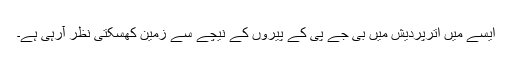
ایسے میں اترپردیش میں بی جے پی کے پیروں کے نیچے سے زمین کھسکتی نظر آرہی ہے۔